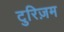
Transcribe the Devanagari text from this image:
टुरिज़म